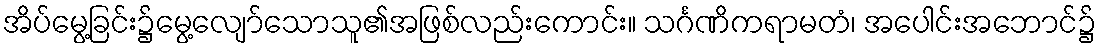
အိပ်မွေ့ခြင်း၌မွေ့လျော်သောသူ၏အဖြစ်လည်းကောင်း။ သင်္ဂဏိကရာမတံ၊ အပေါင်းအဘောင်၌